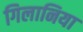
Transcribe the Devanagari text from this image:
गिलानिया